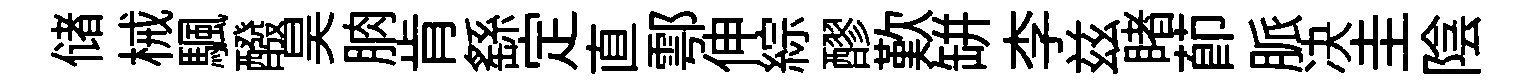
储械颿醱昊朒肯繇定直鄠伸綜醪歎缾李兹睹莭脈决圭陰